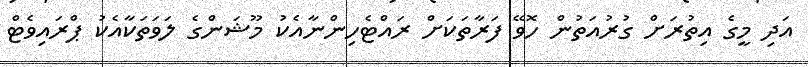
އަދި މީގެ އިތުރަށް ގުރުއަތުން ހޮވޭ ފަރާތަކަށް ރައްޓެހިންނާއެކު މޫޝަންގެ ލަވަތަކާއެކު ޕްރައިވެޓް